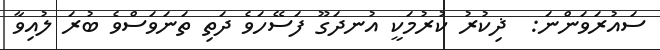
ސައުރަވަންނަ:  ޛިކުރު ކުރުމަކީ އުނދަގޫ ފަސޭހަވެ ދަތި ތަނަވަސްވެ ބުރަ ލުއިވާ